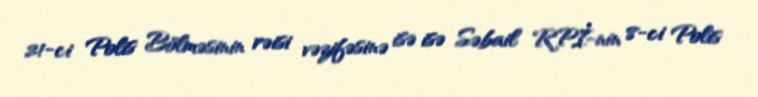
21-ci Polis Bölməsinin rəisi vəzifəsinə isə isə Səbail RPİ-nin 8-ci Polis